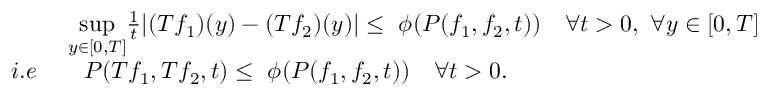
\begin{array} { r l } & { ~ \underset { y \in [ 0 , T ] } { \operatorname* { s u p } } \frac { 1 } { t } | ( T f _ { 1 } ) ( y ) - ( T f _ { 2 } ) ( y ) | \leq ~ \phi ( P ( f _ { 1 } , f _ { 2 } , t ) ) ~ ~ ~ \forall t > 0 , ~ \forall y \in [ 0 , T ] } \\ { i . e } & { ~ ~ ~ P ( T f _ { 1 } , T f _ { 2 } , t ) \leq ~ \phi ( P ( f _ { 1 } , f _ { 2 } , t ) ) ~ ~ ~ \forall t > 0 . } \end{array}